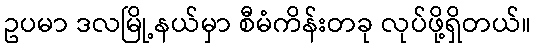
ဥပမာ ဒလမြို့နယ်မှာ စီမံကိန်းတခု လုပ်ဖို့ရှိတယ်။